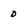
Character: 0